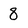
Character: 8